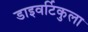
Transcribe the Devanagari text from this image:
डाइवर्टिकुला